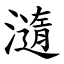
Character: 㵦